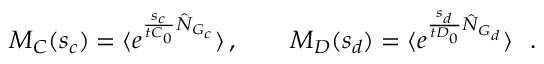
M _ { C } ( s _ { c } ) = \langle e ^ { \frac { s _ { c } } { t C _ { 0 } } \hat { N } _ { G _ { c } } } \rangle \, , \qquad M _ { D } ( s _ { d } ) = \langle e ^ { \frac { s _ { d } } { t D _ { 0 } } \hat { N } _ { G _ { d } } } \rangle ~ ~ .